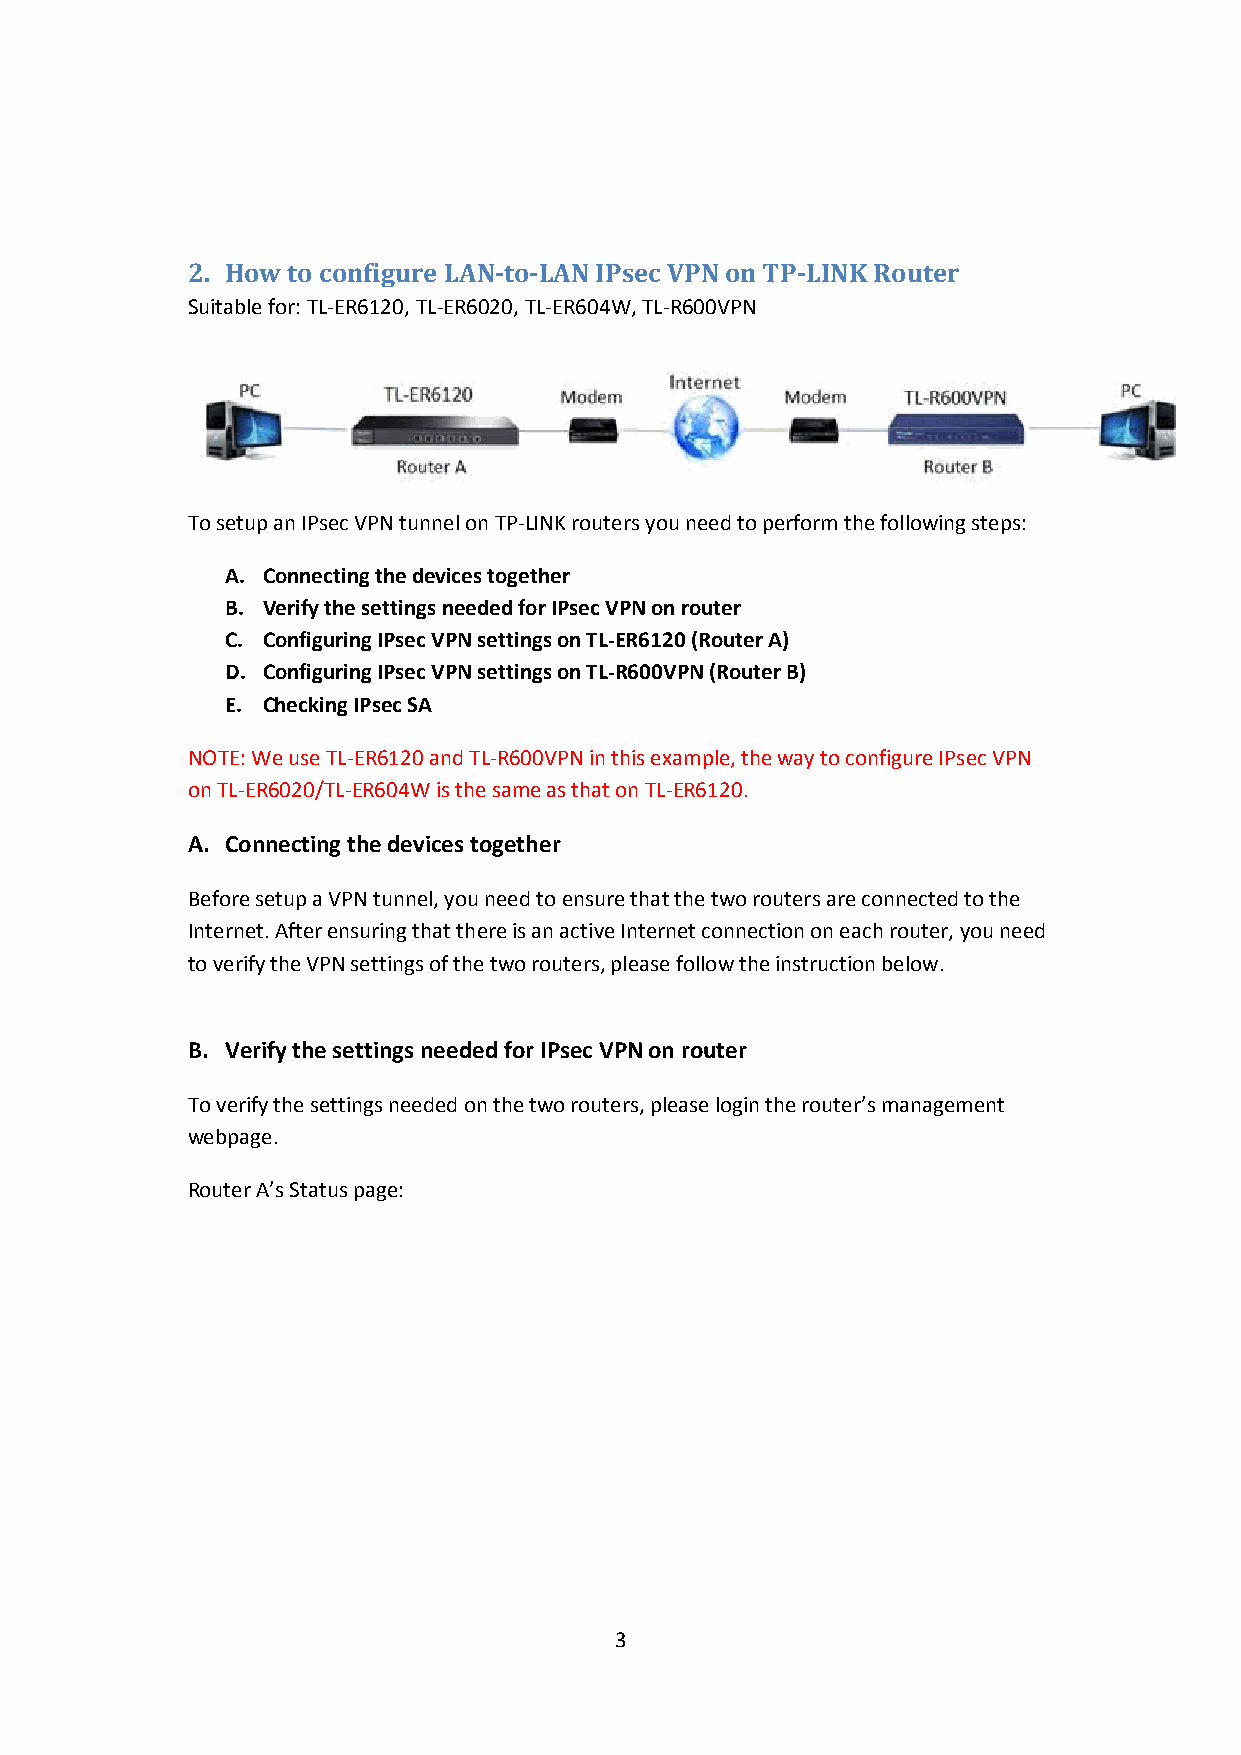
2. How to configure LAN-to-LANIPsec VPN on TP-LINK Router
 Suitable for:TL-ER6120, TL-ER6020, TL-ER604W, TL-R600VPN
 To setup an IPsec VPN tunnel on TP-LINK routers you need to perform the following steps:
 A. Connecting the devices together
 B. Verify the settings needed for IPsec VPN on router
 C. Configuring IPsec VPN settings on TL-ER6120 (Router A)
 D. Configuring IPsec VPN settings on TL-R600VPN (Router B)
 E. Checking IPsec SA
 NOTE: We use TL-ER6120 and TL-R600VPN in this example, the way to configure IPsec VPN
 on TL-ER6020/TL-ER604Wis the same as that on TL-ER6120.
 A. Connecting the devices together
 Before setup a VPN tunnel, you need to ensure that the two routers are connected to the
 Internet. After ensuring that there is an active Internet connection on each router, you need
 to verify the VPN settings of the two routers, please follow the instruction below.
 B. Verify the settings needed for IPsec VPN on router
 To verify the settings needed on the two routers, please login the router’s management
 webpage.
 Router A’s Status page:
 3